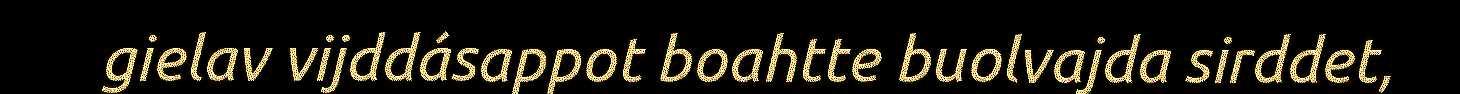
gielav vijddásappot boahtte buolvajda sirddet,